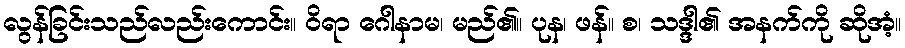
လွန်ခြင်းသည်လည်းကောင်း။ ဝိရာ ဂေါနာမ၊ မည်၏။ ပုန၊ ဖန်။ စ၊ သဒ္ဒါ၏ အနက်ကို ဆိုအံ့။